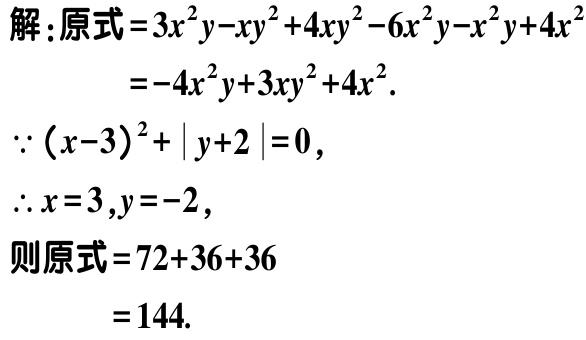
解：原式\(=3x^{2}y - xy^{2} + 4xy^{2} - 6x^{2}y - x^{2}y + 4x^{2}\)

\(=-4x^{2}y + 3xy^{2} + 4x^{2}\).

\(\because (x - 3)^{2}+\vert y + 2\vert = 0\)，

\(\therefore x = 3,y = - 2\)，

则原式\(=72 + 36 + 36\)

\(=144\).